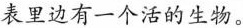
表里边有一个活的生物。